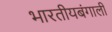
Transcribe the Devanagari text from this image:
भारतीयबंगाली